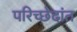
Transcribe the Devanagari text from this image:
परिच्छेदांत